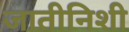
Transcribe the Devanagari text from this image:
जातीनिशी